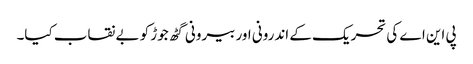
پی این اے کی تحریک کے اندرونی اور بیرونی گٹھ جوڑ کو بے نقاب کیا۔